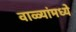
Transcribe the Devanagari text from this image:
वाळ्यांमध्ये